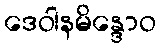
ဒေဝါနမိန္ဒောဝ